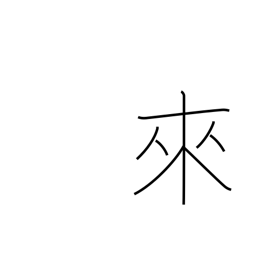
Meaning: come